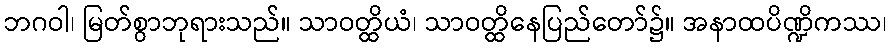
ဘဂဝါ၊ မြတ်စွာဘုရားသည်။ သာဝတ္ထိယံ၊ သာဝတ္ထိနေပြည်တော်၌။ အနာထပိဏ္ဍိကဿ၊